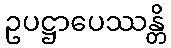
ဥပဋ္ဌာပေဿန္တိ